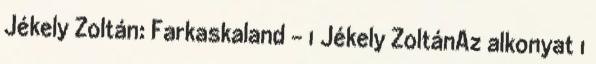
Jékely Zoltán: Farkaskaland - 1 Jékely ZoltánAz alkonyat 1